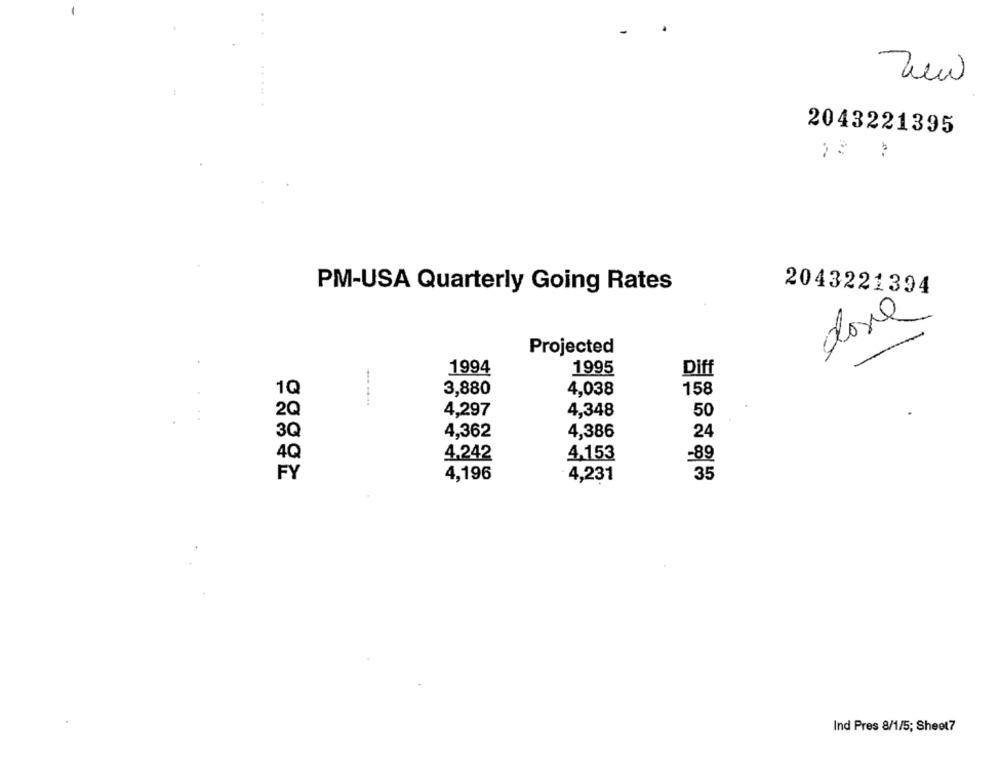
Zew
2043221395
=.
:
PM-USA Quarterly Going Rates
2043221394
done
Projected
1994
1995
Diff
1Q
3,880
4,038
158
2Q
4,297
4,348
50
3Q
4,362
4,386
24
4Q
4.242
4.153
=89
4,196
4,231
35
Ind Pres 8/1/5; Sheet7